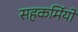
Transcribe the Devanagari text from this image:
सहकर्मियो